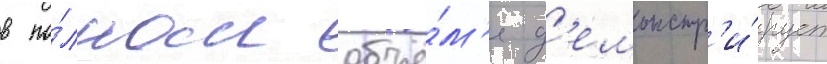
в по́лном объё́м'е д'емонстр'и́рует